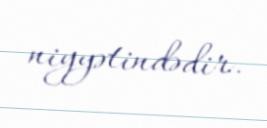
niyyətindədir.